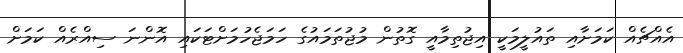
އެއްޗެއް ކަމަށާއި ތައުލީމަކީ އިޖުތިމާއީ ގޮތުން މުޖުތަމައުގެ ހަމަޖެހުމަށްޓަކައި އޮންނަ ސިއްރެއް ކަމަށް